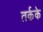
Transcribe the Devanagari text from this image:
तर्कके